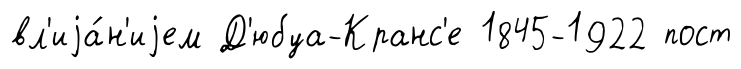
вл'иjа́н'иjем Д'юбуа-Кранс'е 1845-1922 пост